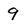
Character: 9